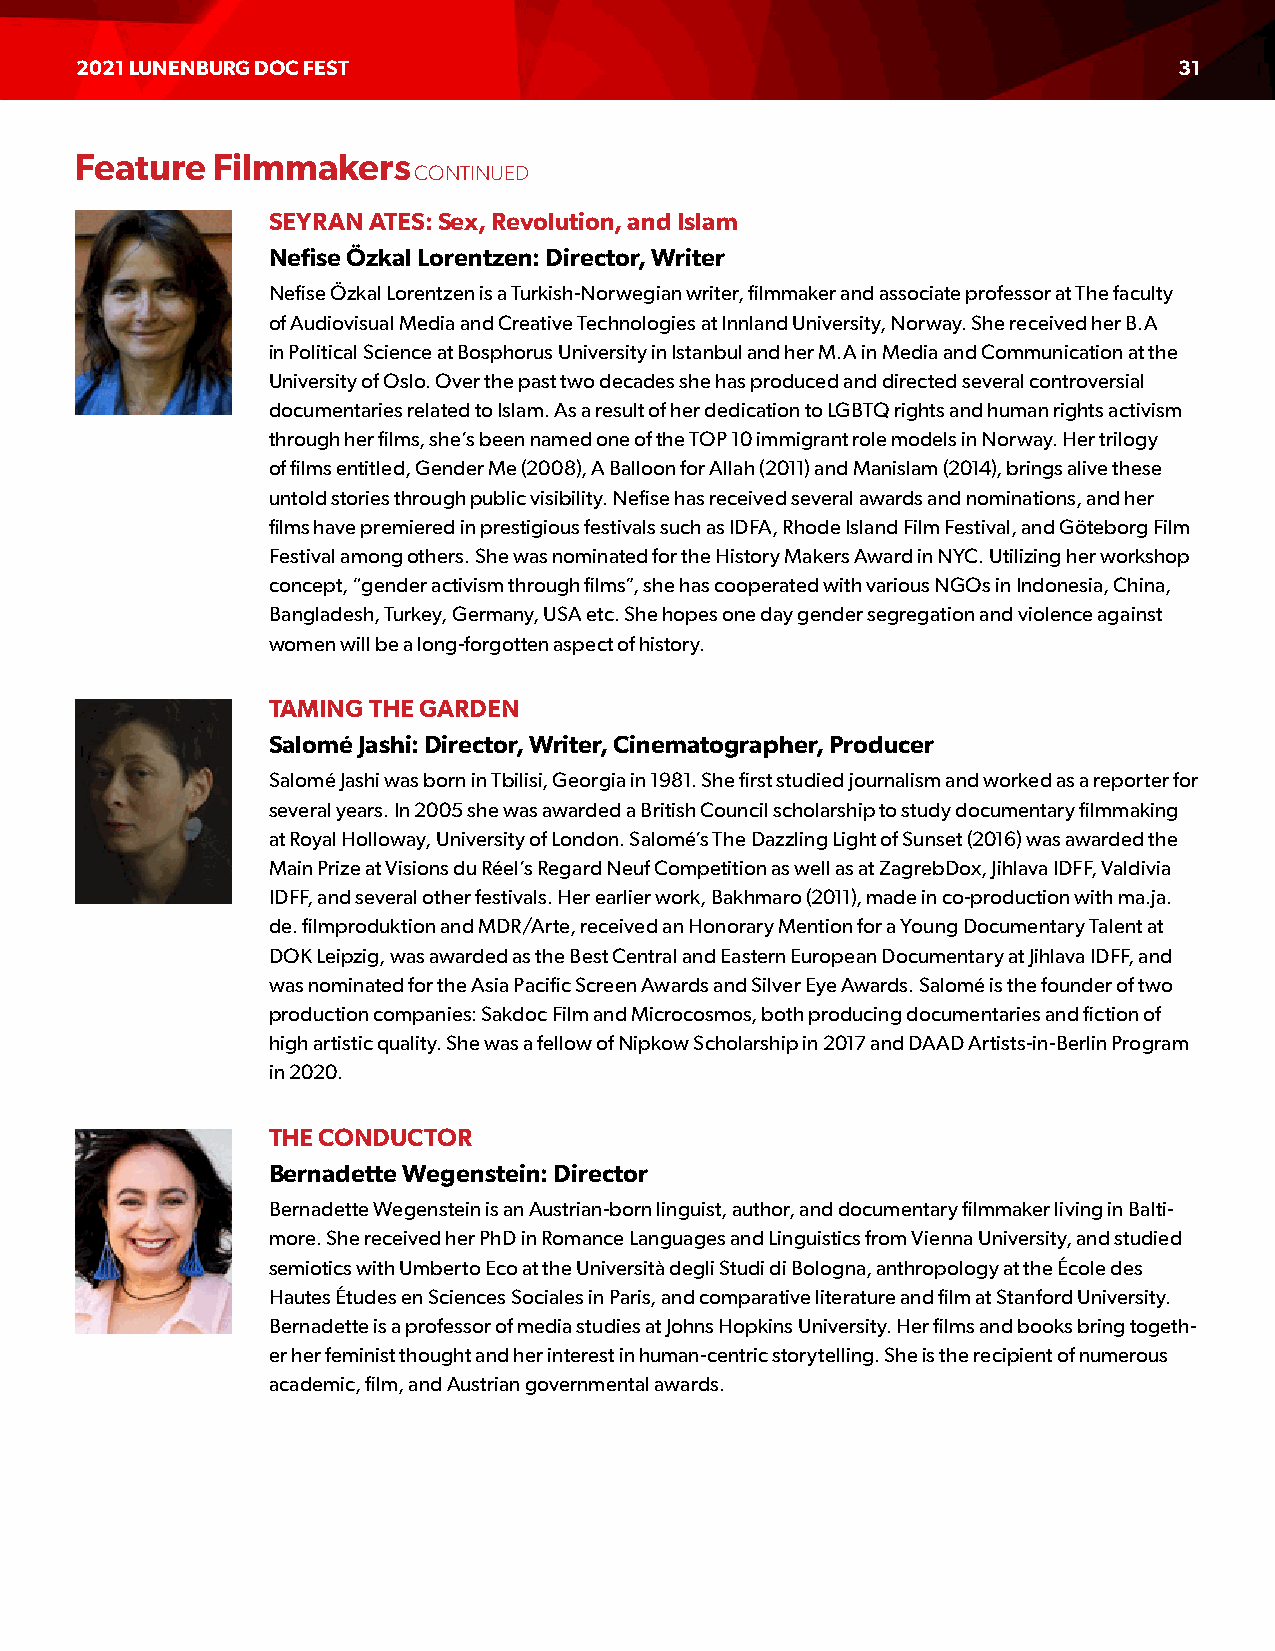
2021 LUNENBURG DOC FEST                                                  31
 Feature  Filmmakers
 CONTINUED
 SEYRAN ATES: Sex, Revolution, and Islam
 Nefise Özkal Lorentzen: Director, Writer
 Nefise Özkal Lorentzen is a Turkish-Norwegian writer, filmmaker and associate professor at The faculty
 of Audiovisual Media and Creative Technologies at Innland University, Norway. She received her B.A
 in Political Science at Bosphorus University in Istanbul and her M.A in Media and Communication at the
 University of Oslo. Over the past two decades she has produced and directed several controversial
 documentaries related to Islam. As a result of her dedication to LGBTQ rights and human rights activism
 through her films, she’s been named one of the TOP 10 immigrant role models in Norway. Her trilogy
 of films entitled, Gender Me (2008), A Balloon for Allah (2011) and Manislam (2014), brings alive these
 untold stories through public visibility. Nefise has received several awards and nominations, and her
 films have premiered in prestigious festivals such as IDFA, Rhode Island Film Festival, and Göteborg Film
 Festival among others. She was nominated for the History Makers Award in NYC. Utilizing her workshop
 concept, “gender activism through films”, she has cooperated with various NGOs in Indonesia, China,
 Bangladesh, Turkey, Germany, USA etc. She hopes one day gender segregation and violence against
 women will be a long-forgotten aspect of history.
 TAMING THE GARDEN
 Salomé Jashi: Director, Writer, Cinematographer, Producer
 Salomé Jashi was born in Tbilisi, Georgia in 1981. She first studied journalism and worked as a reporter for
 several years. In 2005 she was awarded a British Council scholarship to study documentary filmmaking
 at Royal Holloway, University of London. Salomé’s The Dazzling Light of Sunset (2016) was awarded the
 Main Prize at Visions du Réel’s Regard Neuf Competition as well as at ZagrebDox, Jihlava IDFF, Valdivia
 IDFF, and several other festivals. Her earlier work, Bakhmaro (2011), made in co-production with ma.ja.
 de. filmproduktion and MDR/Arte, received an Honorary Mention for a Young Documentary Talent at
 DOK Leipzig, was awarded as the Best Central and Eastern European Documentary at Jihlava IDFF, and
 was nominated for the Asia Pacific Screen Awards and Silver Eye Awards. Salomé is the founder of two
 production companies: Sakdoc Film and Microcosmos, both producing documentaries and fiction of
 high artistic quality. She was a fellow of Nipkow Scholarship in 2017 and DAAD Artists-in-Berlin Program
 in 2020.
 THE CONDUCTOR
 Bernadette Wegenstein: Director
 Bernadette Wegenstein is an Austrian-born linguist, author, and documentary filmmaker living in Balti-
 more. She received her PhD in Romance Languages and Linguistics from Vienna University, and studied
 semiotics with Umberto Eco at the Università degli Studi di Bologna, anthropology at the École des
 Hautes Études en Sciences Sociales in Paris, and comparative literature and film at Stanford University.
 Bernadette is a professor of media studies at Johns Hopkins University. Her films and books bring togeth-
 er her feminist thought and her interest in human-centric storytelling. She is the recipient of numerous
 academic, film, and Austrian governmental awards.